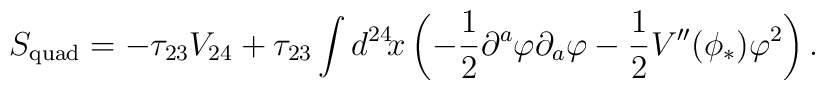
S_{\mathrm{quad}}=-\tau_{23}V_{24}+\tau_{23}\int d^{24}\!x \left(-\frac{1}{2}\partial^a\varphi\partial_a\varphi-\frac{1}{2}V^{\prime\prime}(\phi_*)\varphi^2\right).